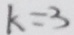
k = 3